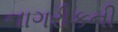
નાગરીકની